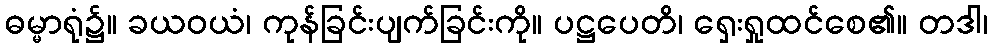
ဓမ္မာရုံ၌။ ခယဝယံ၊ ကုန်ခြင်းပျက်ခြင်းကို။ ပဋ္ဌပေတိ၊ ရှေးရှုထင်စေ၏။ တဒါ၊